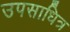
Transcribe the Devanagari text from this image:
उपसाधित्र